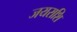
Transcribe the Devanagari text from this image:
जयराशि